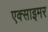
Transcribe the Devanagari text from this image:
एक्‍साइमर